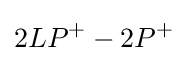
2LP^{+}-2P^{+}